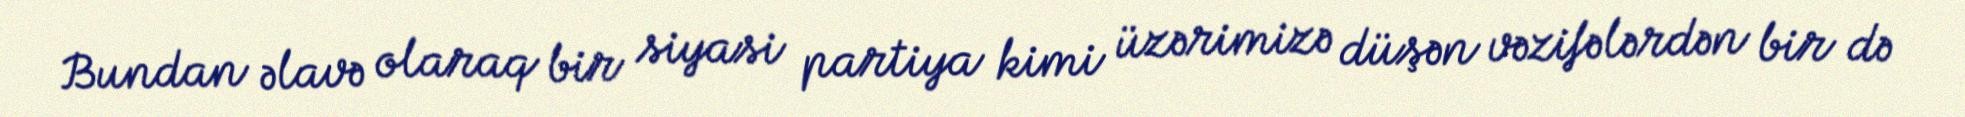
Bundan əlavə olaraq bir siyasi partiya kimi üzərimizə düşən vəzifələrdən bir də